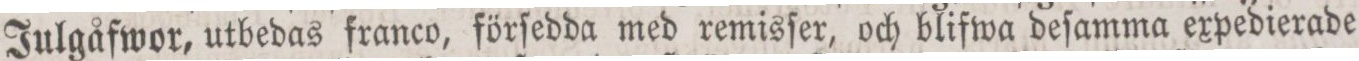
Julgåfwor, utbedas franco, förſedda med remisſer, och blifwa deſamma expedierade